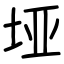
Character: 垭